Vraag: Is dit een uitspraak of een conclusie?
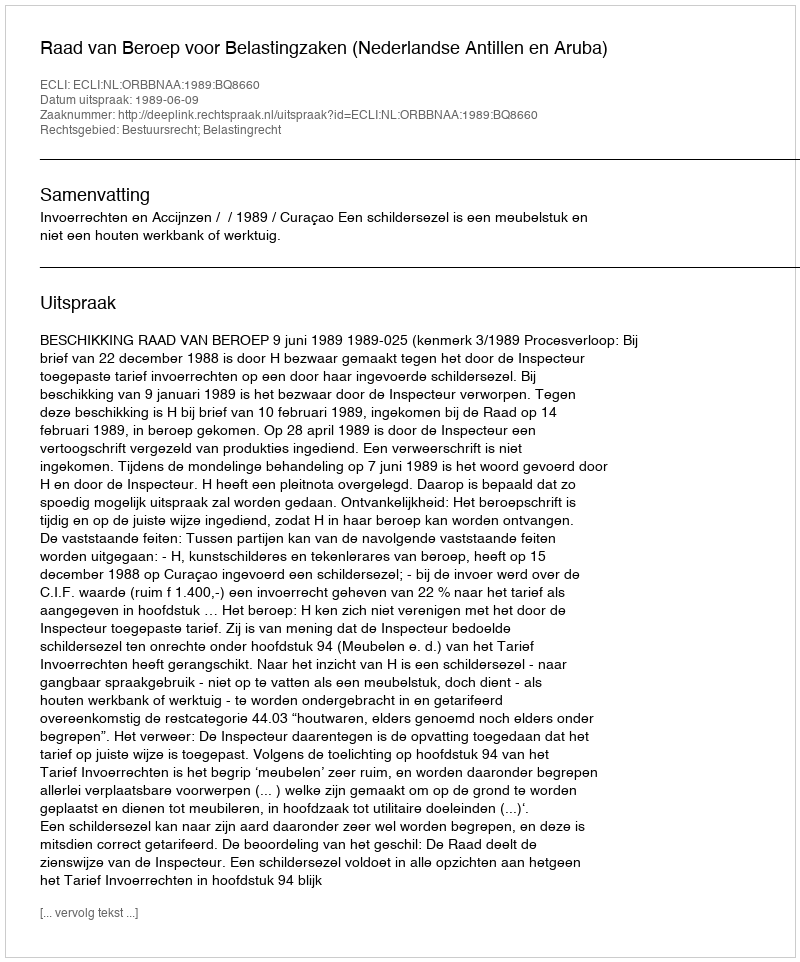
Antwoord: Uitspraak